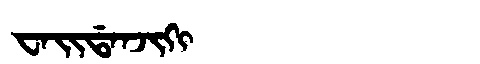
Manchu: ᠸᠠᡳᡩᠠᠨᠵᡳᡴᡳ
Romanization: WAIDANJIKI